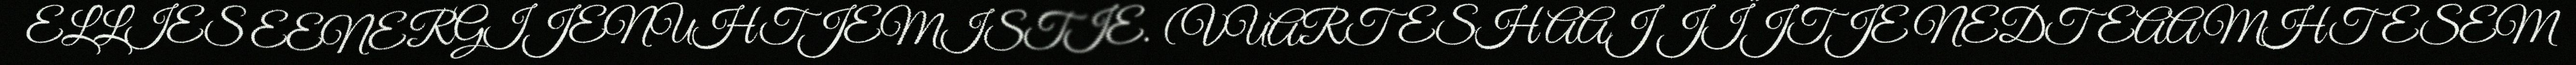
ELLIES EENERGIJENUHTJEMISTIE. (VUARTESH AAJ JÏJTJE NEDTEAAMHTESEM